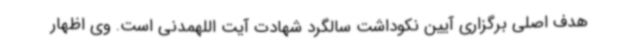
هدف اصلی برگزاری آیین نکوداشت سالگرد شهادت آیت اللهمدنی است. وی اظهار